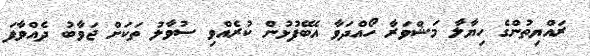
ރައްޔިތުންގެ ހިޔާލާ މަޝްވަރާ ހޯއްދަވާ އެބޭފުޅުން ކުރެއްވި ސުވާލު ތަކަށް ޖަވާބު ދެއްވާފަ